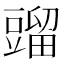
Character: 䝀